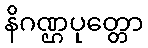
နိဂဏ္ဌပုတ္တော